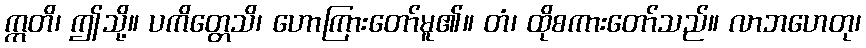
ဣတိ၊ ဤသို့။ ပကိတ္တေသိ၊ ဟောကြားတော်မူ၏။ တံ၊ ထိုစကားတော်သည်။ လာဘဟေတု၊